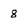
Character: 8